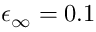
\epsilon _ { \infty } = 0 . 1